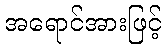
အရောင်အားဖြင့်